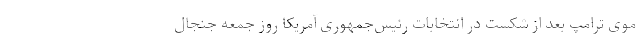
موی ترامپ بعد از شکست در انتخابات رئیس‌جمهوری آمریکا روز جمعه جنجال